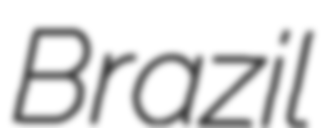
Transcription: Brazil